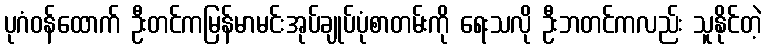
ပုဂံဝန်ထောက် ဦးတင်ကမြန်မာမင်းအုပ်ချုပ်ပုံစာတမ်းကို ရေးသလို ဦးဘတင်ကလည်း သူနိုင်တဲ့